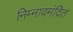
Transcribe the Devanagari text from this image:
निम्नावमंदित